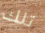
تلك